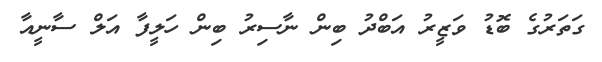
ގަތަރުގެ ބޮޑު ވަޒީރު އަބްދު ބިން ނާސިރު ބިން ހަލީފާ އަލް ސާނީއާ